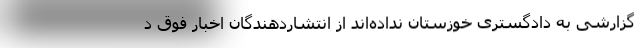
گزارشی به دادگستری خوزستان نداده‌اند از انتشاردهندگان اخبار فوق د